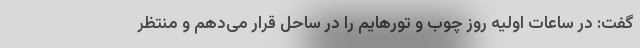
گفت: در ساعات اولیه روز چوب و تورهایم را در ساحل قرار می‌دهم و منتظر